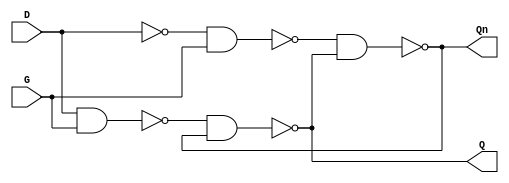
`timescale 1ns / 1ps
//////////////////////////////////////////////////////////////////////////////////
// Company: 
// Engineer: 
// 
// Design Name: 
// Module Name: D_latch
// Project Name: 
// Target Devices: 
// Tool Versions: 
// Description: 
// 
// Dependencies: 
// 
// Revision:
// Revision 0.01 - File Created
// Additional Comments:
// 
//////////////////////////////////////////////////////////////////////////////////


module D_latch(
input D,
input G, 
output Q, 
output Qn
    );
    wire Q_int, Qn_int, R_int, S_int, N; 
 
 assign #1 N = ~D;
 assign #1 S_int = ~(D & G);
 assign #1 R_int = ~( N & G);
 assign #1 Q_int = ~(S_int & Qn_int);
 assign #1 Qn_int = ~(R_int & Q_int);
 assign Q = Q_int;
 assign Qn = Qn_int;
endmodule